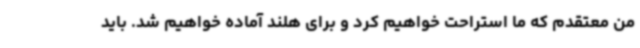
من معتقدم که ما استراحت خواهیم کرد و برای هلند آماده خواهیم شد. باید